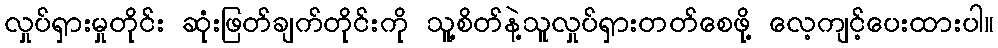
လှုပ်ရှားမှုတိုင်း ဆုံးဖြတ်ချက်တိုင်းကို သူ့စိတ်နဲ့သူလှုပ်ရှားတတ်စေဖို့ လေ့ကျင့်ပေးထားပါ။